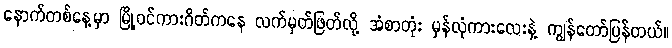
နောက်တစ်နေ့မှာ မြို့ဝင်ကားဂိတ်ကနေ လက်မှတ်ဖြတ်လို့ အံစာတုံး မှန်လုံကားလေးနဲ့ ကျွန်တော်ပြန်တယ်။